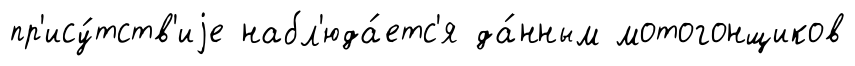
пр'ису́тств'иjе набл'юда́етс'я да́нным мотогонщиков